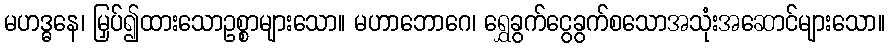
မဟဒ္ဓနေ၊ မြှပ်၍ထားသောဥစ္စာများသော။ မဟာဘောဂေ၊ ရွှေခွက်ငွေခွက်စသောအသုံးအဆောင်များသော။